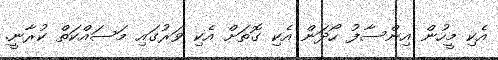
އެކި މީހުން އިންސާފު ހޯދަން އެކި ގޮތަށް އެކި ވަރުގައި މަސައްކަތް ކުރާނީ.